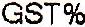
GST%